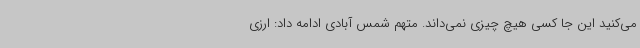
می‌کنید این جا کسی هیچ چیزی نمی‌داند. متهم شمس آبادی ادامه داد: ارزی